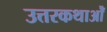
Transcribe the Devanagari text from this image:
उत्तरकथाओँ